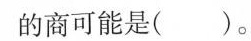
的商可能是( )。